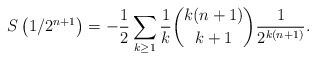
\begin{align*}S\left(1/2^{n+1}\right)& = -\frac12\sum_{k\ge1}\frac1k\binom{k(n+1)}{k+1}\frac1{2^{k(n+1)}} .\end{align*}